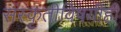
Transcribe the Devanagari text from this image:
संस्कृतीविषयीही